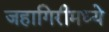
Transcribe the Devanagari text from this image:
जहागिरीमध्‍ये